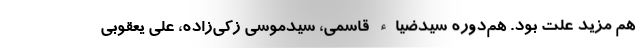
هم مزید علت بود. هم‌دوره سیدضیاء قاسمی، سیدموسی زکی‌زاده، علی یعقوبی